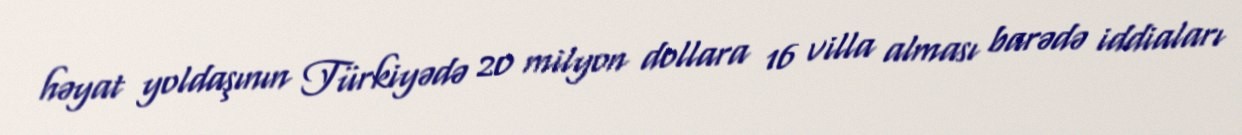
həyat yoldaşının Türkiyədə 20 milyon dollara 16 villa alması barədə iddiaları